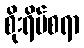
စိုးရိမ်စရာ